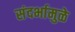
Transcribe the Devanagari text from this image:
संदर्भामुळे